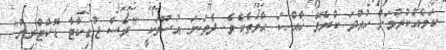
ކަމެއްކުރުމަށް ހުއްދަ ކުރެވޭ ޚާއްޞަ ޙާލަތެކެވެ. ދެވަނަ އުސޫލަކީ "ރެސް ޖުޑިކާޓާ ޑޮކްޓްރިން"